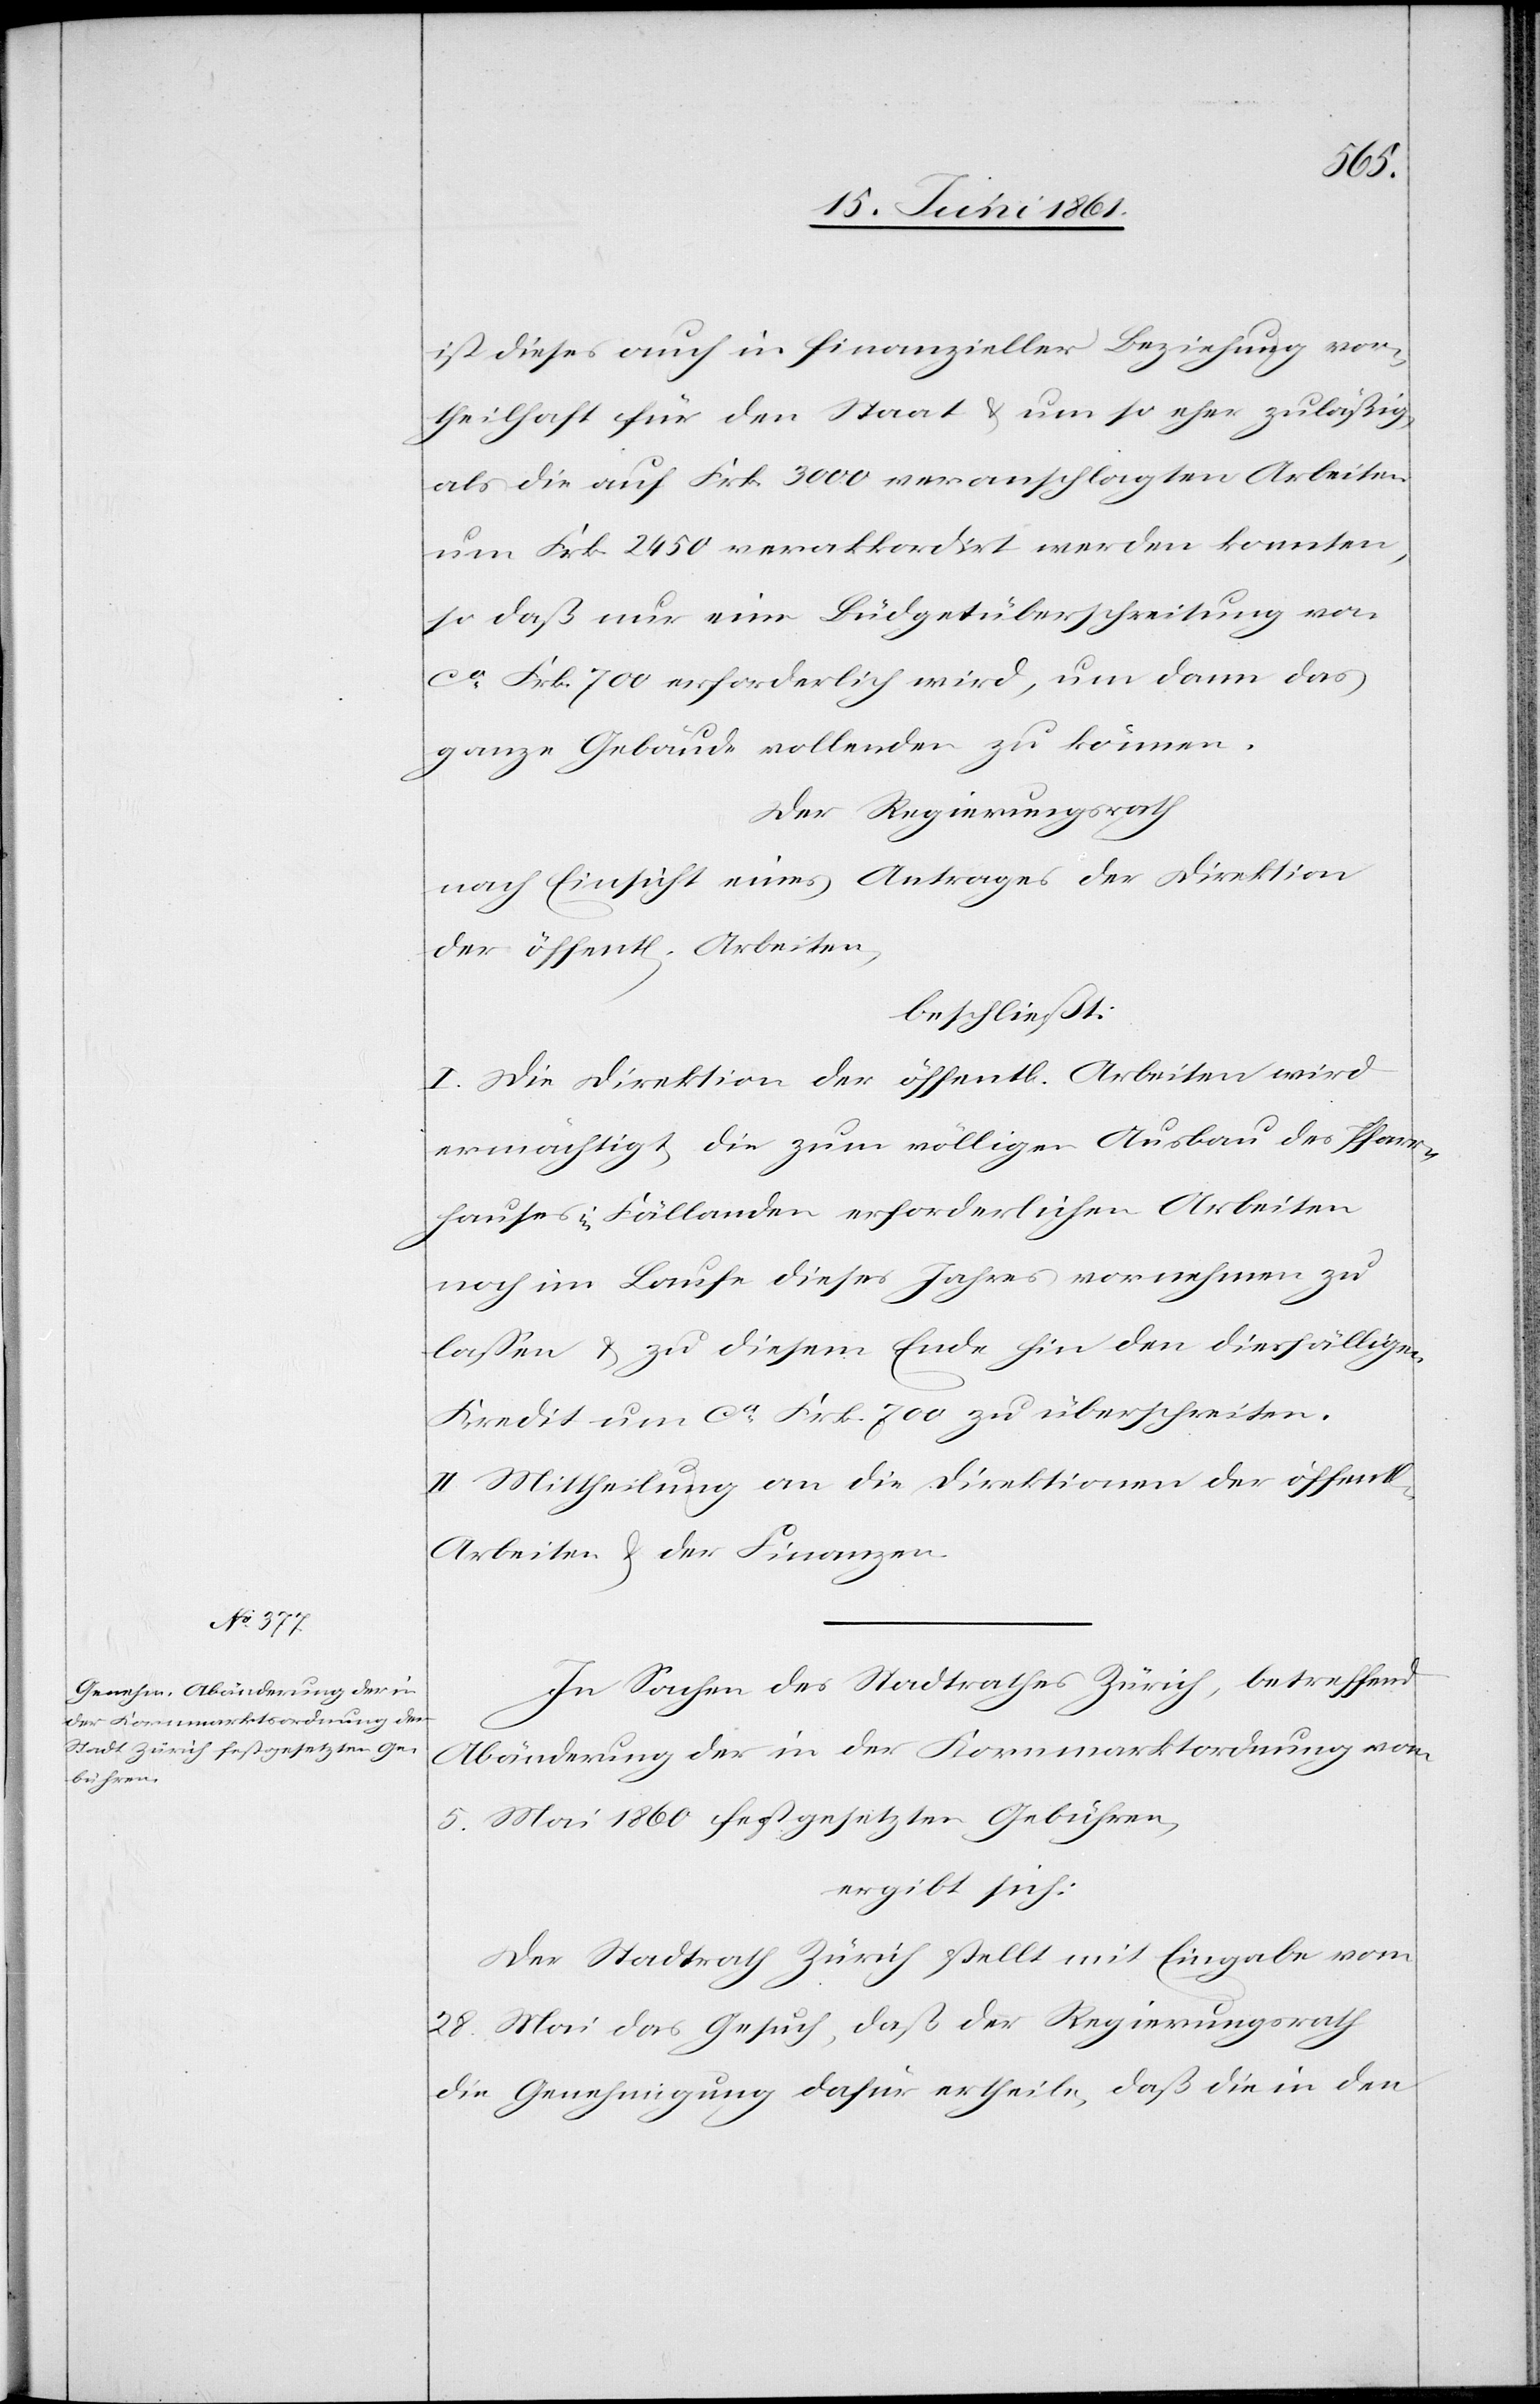
ichen]
ist dieses auch in finanzieller Beziehung vor¬
theilhaft für den Staat u. um so eher zuläßig,
als die auf Frk. 3000 veranschlagten Arbeiten
um Frk. 2450 verakkordirt werden konnten,
so daß nur eine Büdgetüberschreitung von
ca Frk. 700 erforderlich wird, um dann das
ganze Gebäude vollenden zu können.
Der Regierungsrath
nach Einsicht eines Antrages der Direktion
der öffent[lichen] Arbeiten,
beschließt:
I. Die Direktion der öffentl. Arbeiten wird
ermächtigt, die zum völligen Ausbau des Pfarr¬
hauses in Fällanden erforderlichen Arbeiten
noch im Laufe dieses Jahres vornehmen zu
lassen u. zu diesem Ende hin den diesfälligen
Kredit um ca Frk. 700 zu überschreiten.
II. Mittheilung an die Direktionen der öffent[l¬
Arbeiten u. der Finanzen.
In Sachen des Stadtrathes Zürich, betreffend
Abänderung der in der Kornmarktordnung vom
5. Mai 1860 festgesetzten Gebühren,
ergibt sich:
Der Stadtrath Zürich stellt mit Eingabe vom
28. Mai das Gesuch, daß der Regierungsrath
die Genehmigung dafür ertheile, daß die in den